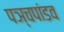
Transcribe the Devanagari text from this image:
पञ्चपांडव